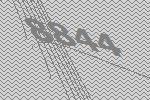
8844